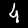
Label: 4